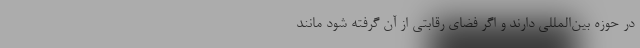
در حوزه بین‌المللی دارند و اگر فضای رقابتی از آن گرفته شود مانند